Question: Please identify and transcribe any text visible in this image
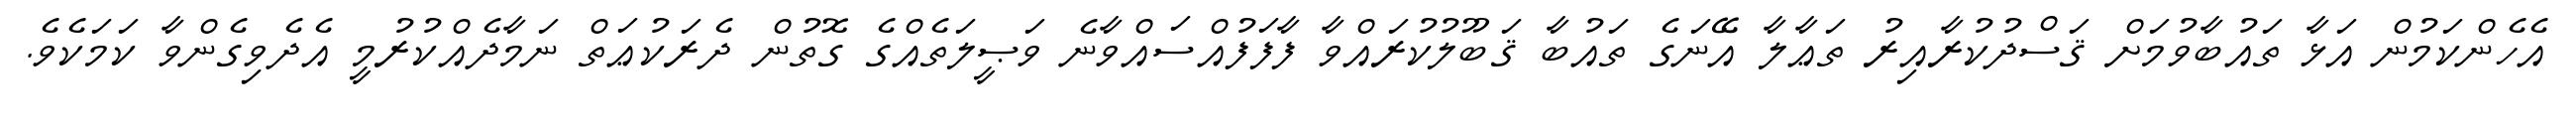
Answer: އެހެންކަމުން އަޅާ ތައުބާވުމަށް ޤަސްދުކުރާއިރު ތަޢާލާ އޭނަގެ ތައުބާ ޤަބޫލުކުރައްވާ ފާފަފުއްސައްވާނެ ވަޞީލަތެއްގެ ގޮތުން ދެރަކުޢަތް ނަމާދެއްކުރުމީ އެދެވިގެންވާ ކަމަކެވެ.